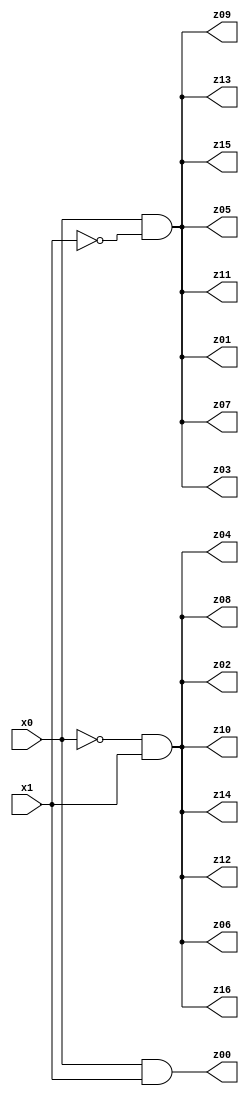
// Benchmark "q_3" written by ABC on Mon Jul 10 13:11:32 2023

module q_3 ( 
    x0, x1,
    z00, z01, z02, z03, z04, z05, z06, z07, z08, z09, z10, z11, z12, z13,
    z14, z15, z16  );
  input  x0, x1;
  output z00, z01, z02, z03, z04, z05, z06, z07, z08, z09, z10, z11, z12, z13,
    z14, z15, z16;
  assign z00 = x0 & x1;
  assign z01 = x0 & ~x1;
  assign z02 = ~x0 & x1;
  assign z03 = x0 & ~x1;
  assign z04 = ~x0 & x1;
  assign z05 = x0 & ~x1;
  assign z06 = ~x0 & x1;
  assign z07 = x0 & ~x1;
  assign z08 = ~x0 & x1;
  assign z09 = x0 & ~x1;
  assign z10 = ~x0 & x1;
  assign z11 = x0 & ~x1;
  assign z12 = ~x0 & x1;
  assign z13 = x0 & ~x1;
  assign z14 = ~x0 & x1;
  assign z15 = x0 & ~x1;
  assign z16 = ~x0 & x1;
endmodule